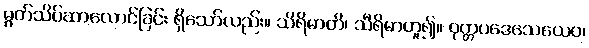
မွတ်သိပ်ဆာလောင်ခြင်း ရှိသော်လည်း။ သိရိမာတိ၊ သီရိမာဟူ၍။ ဝုတ္တပဒေသေယေဝ၊